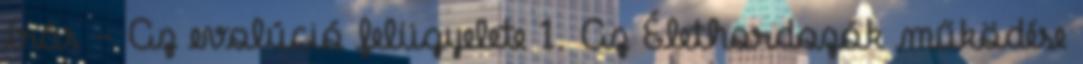
írás - Az evolúció felügyelete 1. Az Élethordozók működése